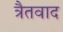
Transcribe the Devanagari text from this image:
त्रैतवाद